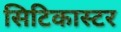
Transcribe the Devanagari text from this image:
सिटिकास्टर